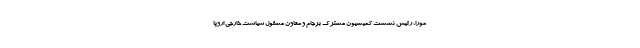
مورا، رئیس نشست کمیسیون مشترک برجام و معاون مسئول سیاست خارجی اروپا